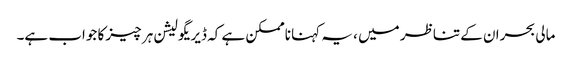
مالی بحران کے تناظر میں ، یہ کہنا ناممکن ہے کہ ڈیریگولیشن ہر چیز کا جواب ہے۔